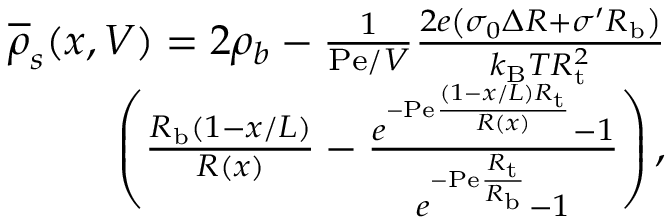
\begin{array} { r } { \overline { { \rho } } _ { s } ( x , V ) = 2 \rho _ { b } - \frac { 1 } { \mathrm { P e } / V } \frac { 2 e \left( \sigma _ { 0 } \Delta R + \sigma ^ { \prime } R _ { \mathrm { b } } \right) } { k _ { \mathrm { B } } T R _ { \mathrm { t } } ^ { 2 } } } \\ { \left( \frac { R _ { \mathrm { b } } ( 1 - x / L ) } { R ( x ) } - \frac { e ^ { - \mathrm { P e } \frac { ( 1 - x / L ) R _ { \mathrm { t } } } { R ( x ) } } - 1 } { e ^ { - \mathrm { P e } \frac { R _ { \mathrm { t } } } { R _ { \mathrm { b } } } } - 1 } \right) , } \end{array}